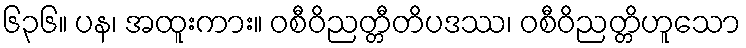
၆၃၆။ ပန၊ အထူးကား။ ဝစီဝိညတ္တီတိပဒဿ၊ ဝစီဝိညတ္တိဟူသော